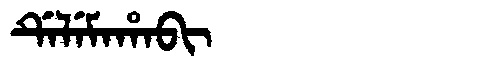
Manchu: ᡩᡝᠯᡝᠮᠠᡥᠠᠪᡳ
Romanization: DELEMAHABI